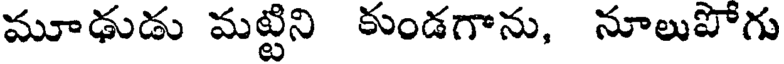
మూఢుడు మట్టిని కుండగాను, నూలుపోగు